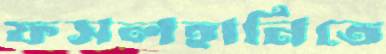
ফসলহানিতে